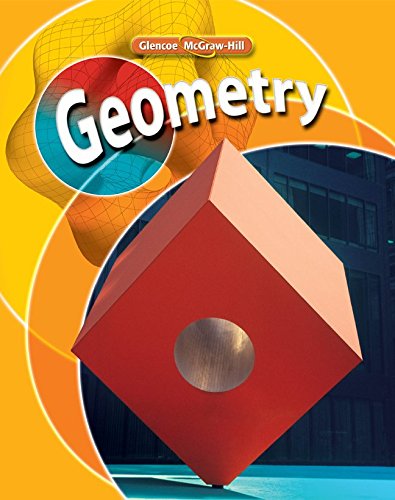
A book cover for Geometry, Student Edition (Merrill Geometry); Cindy J. Boyd; Computers & Technology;